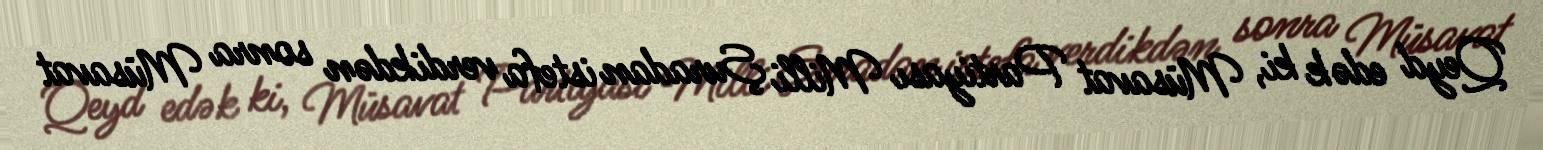
Qeyd edək ki, Müsavat Partiyası Milli Şuradan istefa verdikdən sonra Müsavat